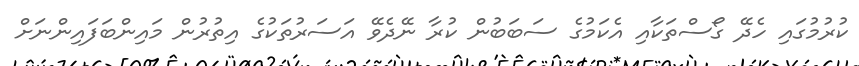
ކުރުމުގައި ހެދޭ ގޯސްތަކާއި އެކަމުގެ ސަބަބުން ކުރާ ނޭދެވޭ އަސަރުތަކުގެ އިތުރުން މައިންބަފައިންނަށް